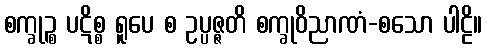
စက္ခုဉ္စ ပဋိစ္စ ရူပေ စ ဥပ္ပဇ္ဇတိ စက္ခုဝိညာဏံ-စသော ပါဠိ။